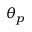
\theta _ { p }